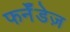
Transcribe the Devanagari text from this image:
फर्नॅंडेज़